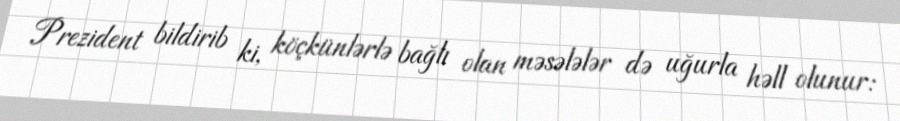
Prezident bildirib ki, köçkünlərlə bağlı olan məsələlər də uğurla həll olunur: